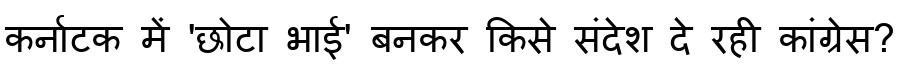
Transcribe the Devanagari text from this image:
कर्नाटक में 'छोटा भाई' बनकर किसे संदेश दे रही कांग्रेस?